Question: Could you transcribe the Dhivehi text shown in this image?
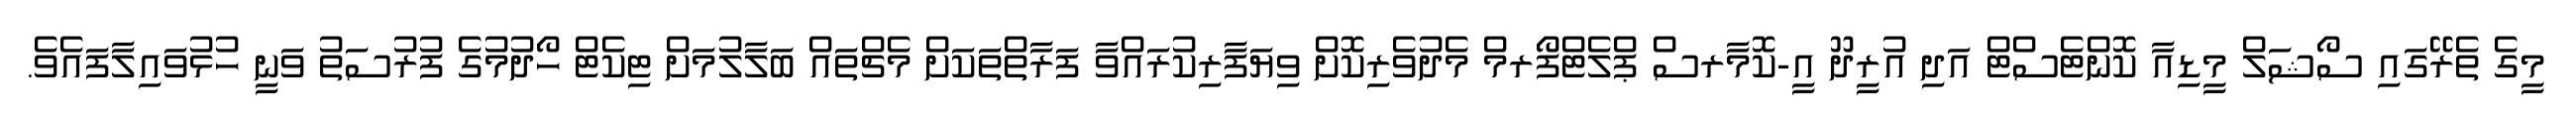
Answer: މީގެ ތެރޭގައި ސޯޝަލް މީޑިއާ ކޮންޓެސްޓް އަދި އުރީދޫ އީ-ކޮމާރސް ޕްލެޓްފޯރމް މެދުވެރިކޮށް ވިޔަފާރިކުރައްވާ ފަރާތްތަކަށް މެޗްތައް ބަލާލުމަށް ޓިކެޓް ހޯދުމުގެ ފުރުސަތު ވަނީ ހުޅުވައިލާފައެވެ.